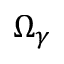
\Omega _ { \gamma }